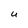
Character: U